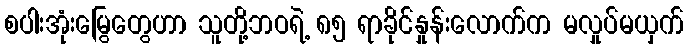
စပါးအုံးမြွေတွေဟာ သူတို့ဘဝရဲ့ ၈၅ ရာခိုင်နှုန်းလောက်က မလှုပ်မယှက်